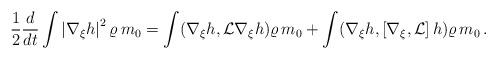
LaTeX: \begin{align*}\frac{1}{2}\frac{d}{dt} \int \left|\nabla_\xi h\right|^2 \varrho\,m_{0}=\int (\nabla_\xi h, \mathcal{L}\nabla_\xi h )\varrho\, m_{0} + \int (\nabla_\xi h, \left[\nabla_\xi, \mathcal{L}\right]h )\varrho\, m_{0} \,.\end{align*}